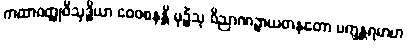
ကထာဝတ္ထုဝိသုဒ္ဓိယာ ဝေဝစနန္တိ မုဉ္စိံသု ဝိညာဏဉ္စာယတနတော ပက္ခန္တရမာဟ